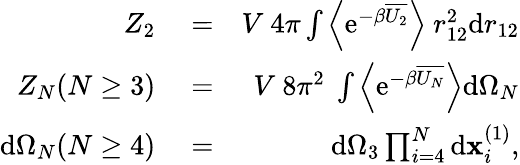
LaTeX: \begin{array}{rlr}{Z_{2}}&{{}=}&{V~4\pi\int\left\langle\mathrm{e}^{-\beta\overline{{U_{2}}}}\right\rangle~r_{12}^{2}\mathrm{d}r_{12}}\\ {Z_{N}(N\geq 3)}&{{}=}&{V~8\pi^{2}~\int\left\langle\mathrm{e}^{-\beta\overline{{U_{N}}}}\right\rangle\mathrm{d}\Omega_{N}}\\ {\mathrm{d}\Omega_{N}(N\geq 4)}&{{}=}&{\mathrm{d}\Omega_{3}\prod_{i=4}^{N}\mathrm{d}\mathbf{x}_{i}^{(1)},}\end{array}